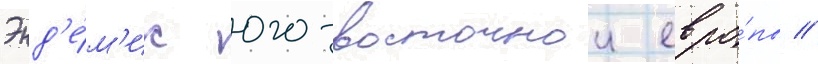
Энд'е́м'ик юго-восточнои евро́пы //